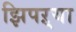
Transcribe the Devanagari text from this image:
झिपऱ्या